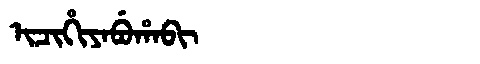
Manchu: ᡳᠴᡳᡥᡳᠶᠠᠪᡠᡥᠠᠪᡳ
Romanization: ICIHIYABUHABI